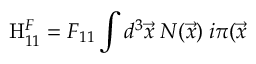
\mathrm { H } _ { 1 1 } ^ { F } = { \cal F } _ { 1 1 } \int d ^ { 3 } \vec { x } \; N ( \vec { x } ) \; i \pi ( \vec { x }